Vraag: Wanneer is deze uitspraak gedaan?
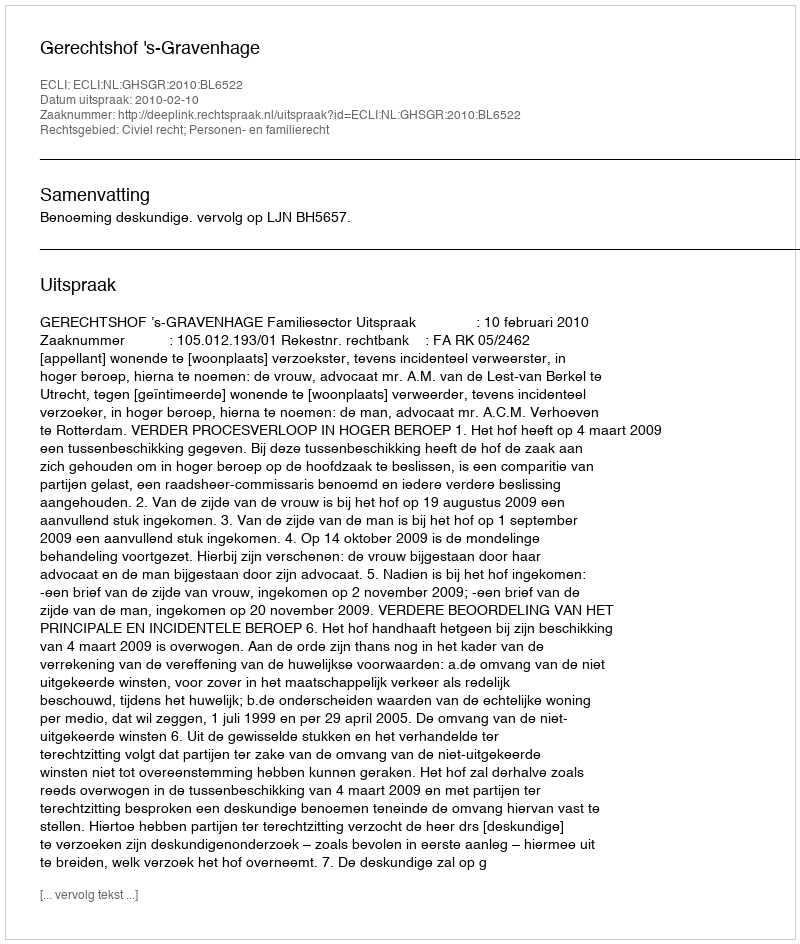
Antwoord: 2010-02-10